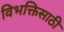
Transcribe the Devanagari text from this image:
विभक्तिसाठी